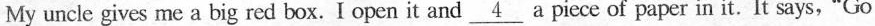
My uncle gives me a big red box.I open it and \underline{4} a piece of paper in it. It says,"Go